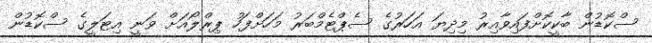
ސްކޮޑުން ބާކީކޮށްފައިވާއިރު މިދިޔަ އަހަރުގެ ސެޕްޓެމްބަރު މަހަށްފަހު ޕިރްލޯއަށް ވަނީ އިޓަލީގެ ސްކޮޑުން